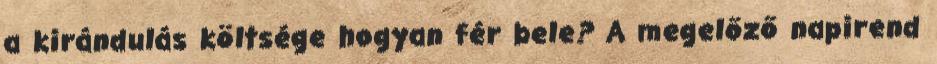
a kirándulás költsége hogyan fér bele? A megelőző napirend